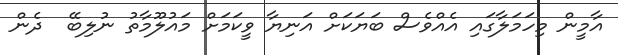
އާމީން މިހަމަލާގައި އެއްވެސް ބަޔަކަށް އަނިޔާ ވީކަމަށް މައުލޫމާތު ނުލިބޭ  ދެން